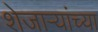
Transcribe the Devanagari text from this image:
शेजाऱ्यांच्या